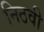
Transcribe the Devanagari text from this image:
निठवी